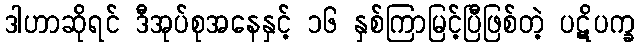
ဒါဟာဆိုရင် ဒီအုပ်စုအနေနှင့် ၁၆ နှစ်ကြာမြင့်ပြီဖြစ်တဲ့ ပဋိပက္ခ